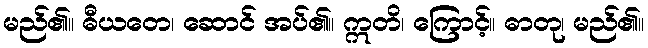
မည်၏။ ဓီယတေ၊ ဆောင် အပ်၏။ ဣတိ၊ ကြောင့်။ ဓာတု၊ မည်၏။